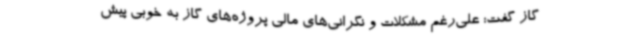
گاز گفت: علی‌رغم مشکلات و نگرانی‌های مالی پروژه‌های گاز به خوبی پیش